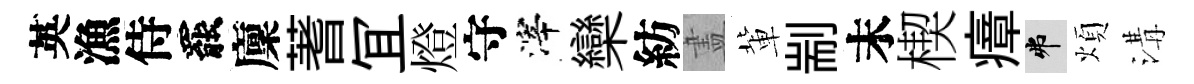
英漁侍罷廩蓍冝燈守滓欒紡𥁞軰剬末楔瘴弗煩溝